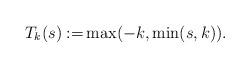
LaTeX: \begin{align*}T_k(s):=&\max (-k,\min (s,k)).\end{align*}